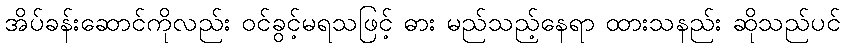
အိပ်ခန်းဆောင်ကိုလည်း ဝင်ခွင့်မရသဖြင့် ဓား မည်သည့်နေရာ ထားသနည်း ဆိုသည်ပင်